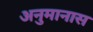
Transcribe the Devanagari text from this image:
अनुमानास